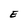
Character: E